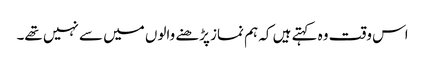
اس وقت وہ کہتے ہیں کہ ہم نماز پڑھنے والوں میں سے نہیں تھے۔